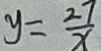
y = \frac { 2 7 } { x }